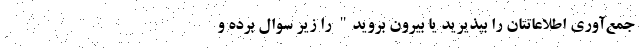
جمع‌آوری اطلاعاتتان را بپذیرید یا بیرون بروید" را زیر سوال برده و